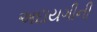
અદાયગીની